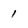
Character: 1